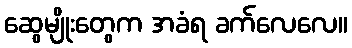
ဆွေမျိုးတွေက အခံရ ခက်လေလေ။